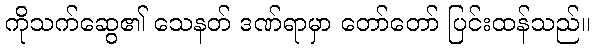
ကိုသက်ဆွေ၏ သေနတ် ဒဏ်ရာမှာ တော်တော် ပြင်းထန်သည်။